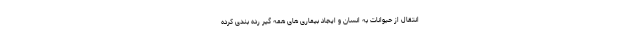
انتقال از حیوانات به انسان و ایجاد بیماری های همه ­گیر رده بندی کرده